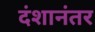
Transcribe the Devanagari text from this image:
दंशानंतर